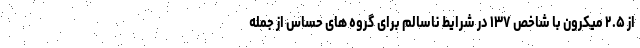
از ۲.۵ میکرون با شاخص ۱۳۷ در شرایط ناسالم برای گروه های حساس از جمله